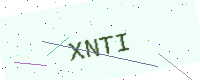
Text: XNTI